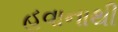
હવાનાથી